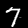
Digit: 7